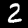
Digit: 2